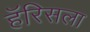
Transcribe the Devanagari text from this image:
हॅरिसला